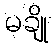
မချို